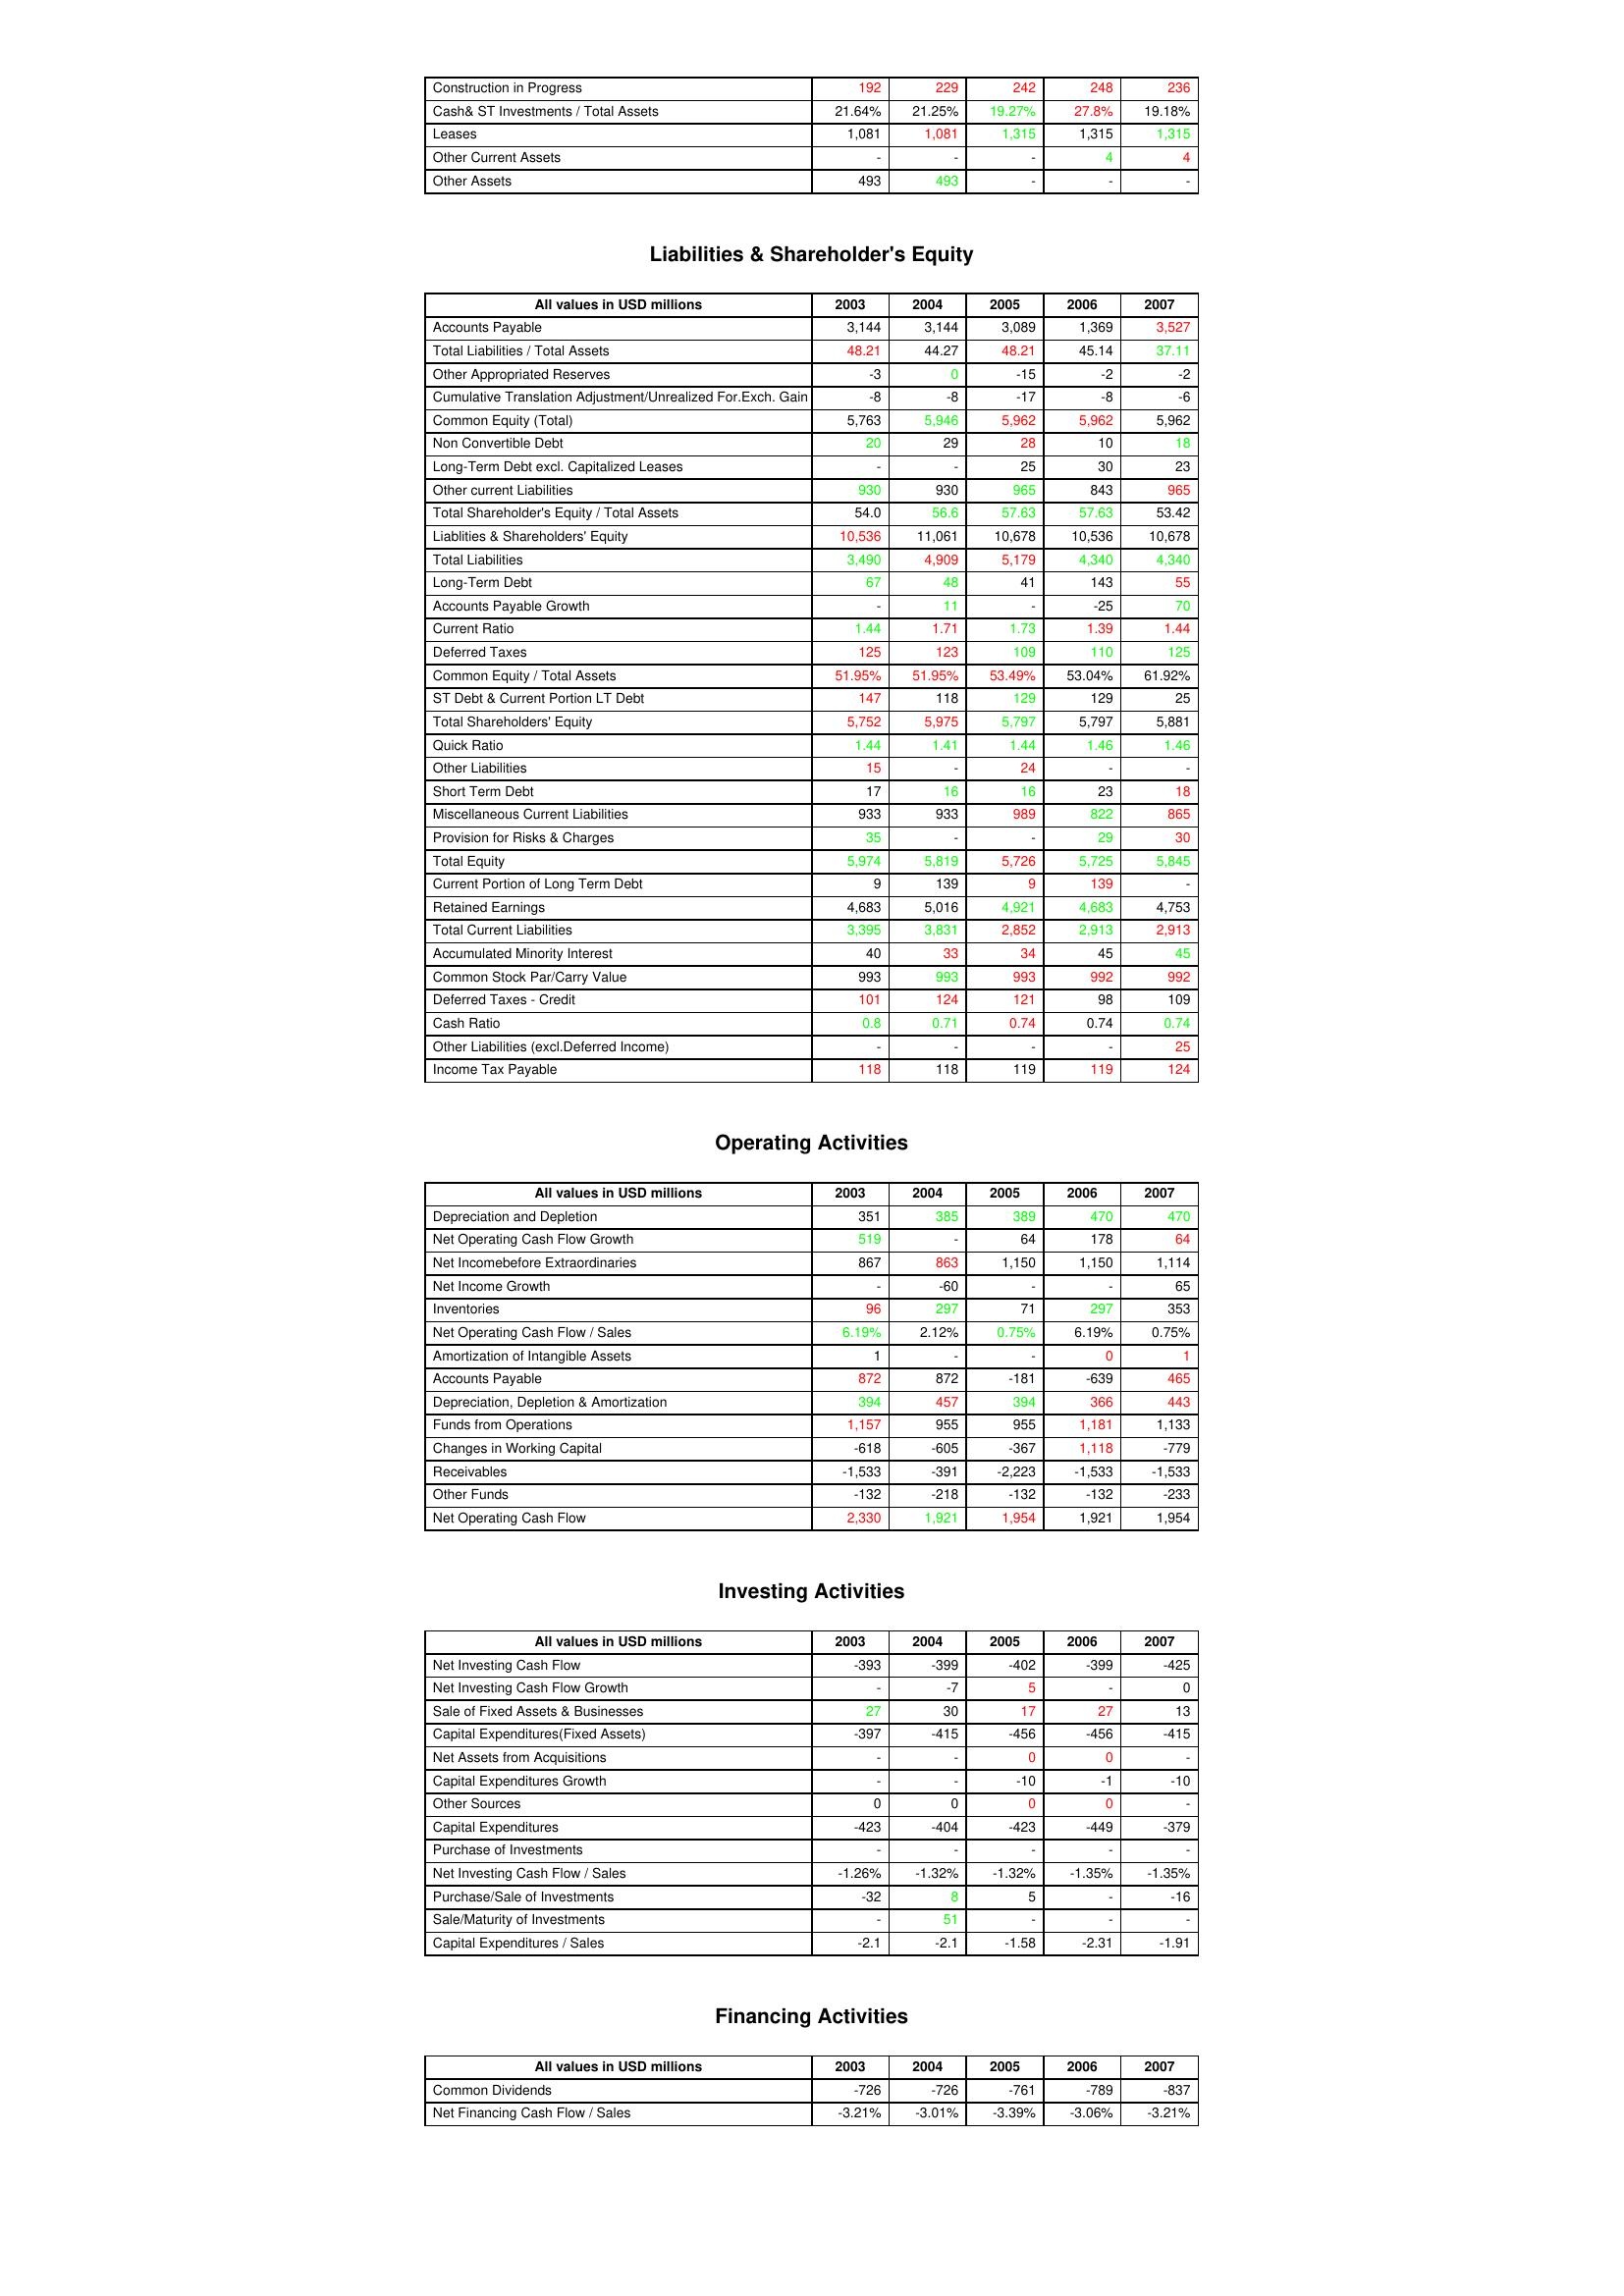
gt_parse: 2003: Assets: Construction in Progress: 192
Cash& ST Investments / Total Assets: 21.64%
Leases: 1,081
Other Current Assets: -
Other Assets: 493
Liabilities & Shareholder's Equity: Accounts Payable: 3,144
Total Liabilities / Total Assets: 48.21
Other Appropriated Reserves: -3
Cumulative Translation Adjustment/Unrealized For.Exch. Gain: -8
Common Equity (Total): 5,763
Non Convertible Debt: 20
Long-Term Debt excl. Capitalized Leases: -
Other current Liabilities: 930
Total Shareholder's Equity / Total Assets: 54.0
Liablities & Shareholders' Equity: 10,536
Total Liabilities: 3,490
Long-Term Debt: 67
Accounts Payable Growth: -
Current Ratio: 1.44
Deferred Taxes: 125
Common Equity / Total Assets: 51.95%
ST Debt & Current Portion LT Debt: 147
Total Shareholders' Equity: 5,752
Quick Ratio: 1.44
Other Liabilities: 15
Short Term Debt: 17
Miscellaneous Current Liabilities: 933
Provision for Risks & Charges: 35
Total Equity: 5,974
Current Portion of Long Term Debt: 9
Retained Earnings: 4,683
Total Current Liabilities: 3,395
Accumulated Minority Interest: 40
Common Stock Par/Carry Value: 993
Deferred Taxes - Credit: 101
Cash Ratio: 0.8
Other Liabilities (excl.Deferred Income): -
Income Tax Payable: 118
Operating Activities: Depreciation and Depletion: 351
Net Operating Cash Flow Growth: 519
Net Incomebefore Extraordinaries: 867
Net Income Growth: -
Inventories: 96
Net Operating Cash Flow / Sales: 6.19%
Amortization of Intangible Assets: 1
Accounts Payable: 872
Depreciation, Depletion & Amortization: 394
Funds from Operations: 1,157
Changes in Working Capital: -618
Receivables: -1,533
Other Funds: -132
Net Operating Cash Flow: 2,330
Investing Activities: Net Investing Cash Flow: -393
Net Investing Cash Flow Growth: -
Sale of Fixed Assets & Businesses: 27
Capital Expenditures(Fixed Assets): -397
Net Assets from Acquisitions: -
Capital Expenditures Growth: -
Other Sources: 0
Capital Expenditures: -423
Purchase of Investments: -
Net Investing Cash Flow / Sales: -1.26%
Purchase/Sale of Investments: -32
Sale/Maturity of Investments: -
Capital Expenditures / Sales: -2.1
Financing Activities: Common Dividends: -726
Net Financing Cash Flow / Sales: -3.21%
2004: Assets: Construction in Progress: 229
Cash& ST Investments / Total Assets: 21.25%
Leases: 1,081
Other Current Assets: -
Other Assets: 493
Liabilities & Shareholder's Equity: Accounts Payable: 3,144
Total Liabilities / Total Assets: 44.27
Other Appropriated Reserves: 0
Cumulative Translation Adjustment/Unrealized For.Exch. Gain: -8
Common Equity (Total): 5,946
Non Convertible Debt: 29
Long-Term Debt excl. Capitalized Leases: -
Other current Liabilities: 930
Total Shareholder's Equity / Total Assets: 56.6
Liablities & Shareholders' Equity: 11,061
Total Liabilities: 4,909
Long-Term Debt: 48
Accounts Payable Growth: 11
Current Ratio: 1.71
Deferred Taxes: 123
Common Equity / Total Assets: 51.95%
ST Debt & Current Portion LT Debt: 118
Total Shareholders' Equity: 5,975
Quick Ratio: 1.41
Other Liabilities: -
Short Term Debt: 16
Miscellaneous Current Liabilities: 933
Provision for Risks & Charges: -
Total Equity: 5,819
Current Portion of Long Term Debt: 139
Retained Earnings: 5,016
Total Current Liabilities: 3,831
Accumulated Minority Interest: 33
Common Stock Par/Carry Value: 993
Deferred Taxes - Credit: 124
Cash Ratio: 0.71
Other Liabilities (excl.Deferred Income): -
Income Tax Payable: 118
Operating Activities: Depreciation and Depletion: 385
Net Operating Cash Flow Growth: -
Net Incomebefore Extraordinaries: 863
Net Income Growth: -60
Inventories: 297
Net Operating Cash Flow / Sales: 2.12%
Amortization of Intangible Assets: -
Accounts Payable: 872
Depreciation, Depletion & Amortization: 457
Funds from Operations: 955
Changes in Working Capital: -605
Receivables: -391
Other Funds: -218
Net Operating Cash Flow: 1,921
Investing Activities: Net Investing Cash Flow: -399
Net Investing Cash Flow Growth: -7
Sale of Fixed Assets & Businesses: 30
Capital Expenditures(Fixed Assets): -415
Net Assets from Acquisitions: -
Capital Expenditures Growth: -
Other Sources: 0
Capital Expenditures: -404
Purchase of Investments: -
Net Investing Cash Flow / Sales: -1.32%
Purchase/Sale of Investments: 8
Sale/Maturity of Investments: 51
Capital Expenditures / Sales: -2.1
Financing Activities: Common Dividends: -726
Net Financing Cash Flow / Sales: -3.01%
2005: Assets: Construction in Progress: 242
Cash& ST Investments / Total Assets: 19.27%
Leases: 1,315
Other Current Assets: -
Other Assets: -
Liabilities & Shareholder's Equity: Accounts Payable: 3,089
Total Liabilities / Total Assets: 48.21
Other Appropriated Reserves: -15
Cumulative Translation Adjustment/Unrealized For.Exch. Gain: -17
Common Equity (Total): 5,962
Non Convertible Debt: 28
Long-Term Debt excl. Capitalized Leases: 25
Other current Liabilities: 965
Total Shareholder's Equity / Total Assets: 57.63
Liablities & Shareholders' Equity: 10,678
Total Liabilities: 5,179
Long-Term Debt: 41
Accounts Payable Growth: -
Current Ratio: 1.73
Deferred Taxes: 109
Common Equity / Total Assets: 53.49%
ST Debt & Current Portion LT Debt: 129
Total Shareholders' Equity: 5,797
Quick Ratio: 1.44
Other Liabilities: 24
Short Term Debt: 16
Miscellaneous Current Liabilities: 989
Provision for Risks & Charges: -
Total Equity: 5,726
Current Portion of Long Term Debt: 9
Retained Earnings: 4,921
Total Current Liabilities: 2,852
Accumulated Minority Interest: 34
Common Stock Par/Carry Value: 993
Deferred Taxes - Credit: 121
Cash Ratio: 0.74
Other Liabilities (excl.Deferred Income): -
Income Tax Payable: 119
Operating Activities: Depreciation and Depletion: 389
Net Operating Cash Flow Growth: 64
Net Incomebefore Extraordinaries: 1,150
Net Income Growth: -
Inventories: 71
Net Operating Cash Flow / Sales: 0.75%
Amortization of Intangible Assets: -
Accounts Payable: -181
Depreciation, Depletion & Amortization: 394
Funds from Operations: 955
Changes in Working Capital: -367
Receivables: -2,223
Other Funds: -132
Net Operating Cash Flow: 1,954
Investing Activities: Net Investing Cash Flow: -402
Net Investing Cash Flow Growth: 5
Sale of Fixed Assets & Businesses: 17
Capital Expenditures(Fixed Assets): -456
Net Assets from Acquisitions: 0
Capital Expenditures Growth: -10
Other Sources: 0
Capital Expenditures: -423
Purchase of Investments: -
Net Investing Cash Flow / Sales: -1.32%
Purchase/Sale of Investments: 5
Sale/Maturity of Investments: -
Capital Expenditures / Sales: -1.58
Financing Activities: Common Dividends: -761
Net Financing Cash Flow / Sales: -3.39%
2006: Assets: Construction in Progress: 248
Cash& ST Investments / Total Assets: 27.8%
Leases: 1,315
Other Current Assets: 4
Other Assets: -
Liabilities & Shareholder's Equity: Accounts Payable: 1,369
Total Liabilities / Total Assets: 45.14
Other Appropriated Reserves: -2
Cumulative Translation Adjustment/Unrealized For.Exch. Gain: -8
Common Equity (Total): 5,962
Non Convertible Debt: 10
Long-Term Debt excl. Capitalized Leases: 30
Other current Liabilities: 843
Total Shareholder's Equity / Total Assets: 57.63
Liablities & Shareholders' Equity: 10,536
Total Liabilities: 4,340
Long-Term Debt: 143
Accounts Payable Growth: -25
Current Ratio: 1.39
Deferred Taxes: 110
Common Equity / Total Assets: 53.04%
ST Debt & Current Portion LT Debt: 129
Total Shareholders' Equity: 5,797
Quick Ratio: 1.46
Other Liabilities: -
Short Term Debt: 23
Miscellaneous Current Liabilities: 822
Provision for Risks & Charges: 29
Total Equity: 5,725
Current Portion of Long Term Debt: 139
Retained Earnings: 4,683
Total Current Liabilities: 2,913
Accumulated Minority Interest: 45
Common Stock Par/Carry Value: 992
Deferred Taxes - Credit: 98
Cash Ratio: 0.74
Other Liabilities (excl.Deferred Income): -
Income Tax Payable: 119
Operating Activities: Depreciation and Depletion: 470
Net Operating Cash Flow Growth: 178
Net Incomebefore Extraordinaries: 1,150
Net Income Growth: -
Inventories: 297
Net Operating Cash Flow / Sales: 6.19%
Amortization of Intangible Assets: 0
Accounts Payable: -639
Depreciation, Depletion & Amortization: 366
Funds from Operations: 1,181
Changes in Working Capital: 1,118
Receivables: -1,533
Other Funds: -132
Net Operating Cash Flow: 1,921
Investing Activities: Net Investing Cash Flow: -399
Net Investing Cash Flow Growth: -
Sale of Fixed Assets & Businesses: 27
Capital Expenditures(Fixed Assets): -456
Net Assets from Acquisitions: 0
Capital Expenditures Growth: -1
Other Sources: 0
Capital Expenditures: -449
Purchase of Investments: -
Net Investing Cash Flow / Sales: -1.35%
Purchase/Sale of Investments: -
Sale/Maturity of Investments: -
Capital Expenditures / Sales: -2.31
Financing Activities: Common Dividends: -789
Net Financing Cash Flow / Sales: -3.06%
2007: Assets: Construction in Progress: 236
Cash& ST Investments / Total Assets: 19.18%
Leases: 1,315
Other Current Assets: 4
Other Assets: -
Liabilities & Shareholder's Equity: Accounts Payable: 3,527
Total Liabilities / Total Assets: 37.11
Other Appropriated Reserves: -2
Cumulative Translation Adjustment/Unrealized For.Exch. Gain: -6
Common Equity (Total): 5,962
Non Convertible Debt: 18
Long-Term Debt excl. Capitalized Leases: 23
Other current Liabilities: 965
Total Shareholder's Equity / Total Assets: 53.42
Liablities & Shareholders' Equity: 10,678
Total Liabilities: 4,340
Long-Term Debt: 55
Accounts Payable Growth: 70
Current Ratio: 1.44
Deferred Taxes: 125
Common Equity / Total Assets: 61.92%
ST Debt & Current Portion LT Debt: 25
Total Shareholders' Equity: 5,881
Quick Ratio: 1.46
Other Liabilities: -
Short Term Debt: 18
Miscellaneous Current Liabilities: 865
Provision for Risks & Charges: 30
Total Equity: 5,845
Current Portion of Long Term Debt: -
Retained Earnings: 4,753
Total Current Liabilities: 2,913
Accumulated Minority Interest: 45
Common Stock Par/Carry Value: 992
Deferred Taxes - Credit: 109
Cash Ratio: 0.74
Other Liabilities (excl.Deferred Income): 25
Income Tax Payable: 124
Operating Activities: Depreciation and Depletion: 470
Net Operating Cash Flow Growth: 64
Net Incomebefore Extraordinaries: 1,114
Net Income Growth: 65
Inventories: 353
Net Operating Cash Flow / Sales: 0.75%
Amortization of Intangible Assets: 1
Accounts Payable: 465
Depreciation, Depletion & Amortization: 443
Funds from Operations: 1,133
Changes in Working Capital: -779
Receivables: -1,533
Other Funds: -233
Net Operating Cash Flow: 1,954
Investing Activities: Net Investing Cash Flow: -425
Net Investing Cash Flow Growth: 0
Sale of Fixed Assets & Businesses: 13
Capital Expenditures(Fixed Assets): -415
Net Assets from Acquisitions: -
Capital Expenditures Growth: -10
Other Sources: -
Capital Expenditures: -379
Purchase of Investments: -
Net Investing Cash Flow / Sales: -1.35%
Purchase/Sale of Investments: -16
Sale/Maturity of Investments: -
Capital Expenditures / Sales: -1.91
Financing Activities: Common Dividends: -837
Net Financing Cash Flow / Sales: -3.21%